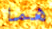
هما